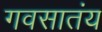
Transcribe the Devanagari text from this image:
गवसातंय